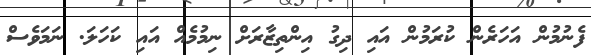
ފެނުމުން އަހަރެން ކުރަމުން އައި ދިގު އިންތިޒާރަށް ނިމުމެއް އައި ކަހަލަ. ނަމަވެސް